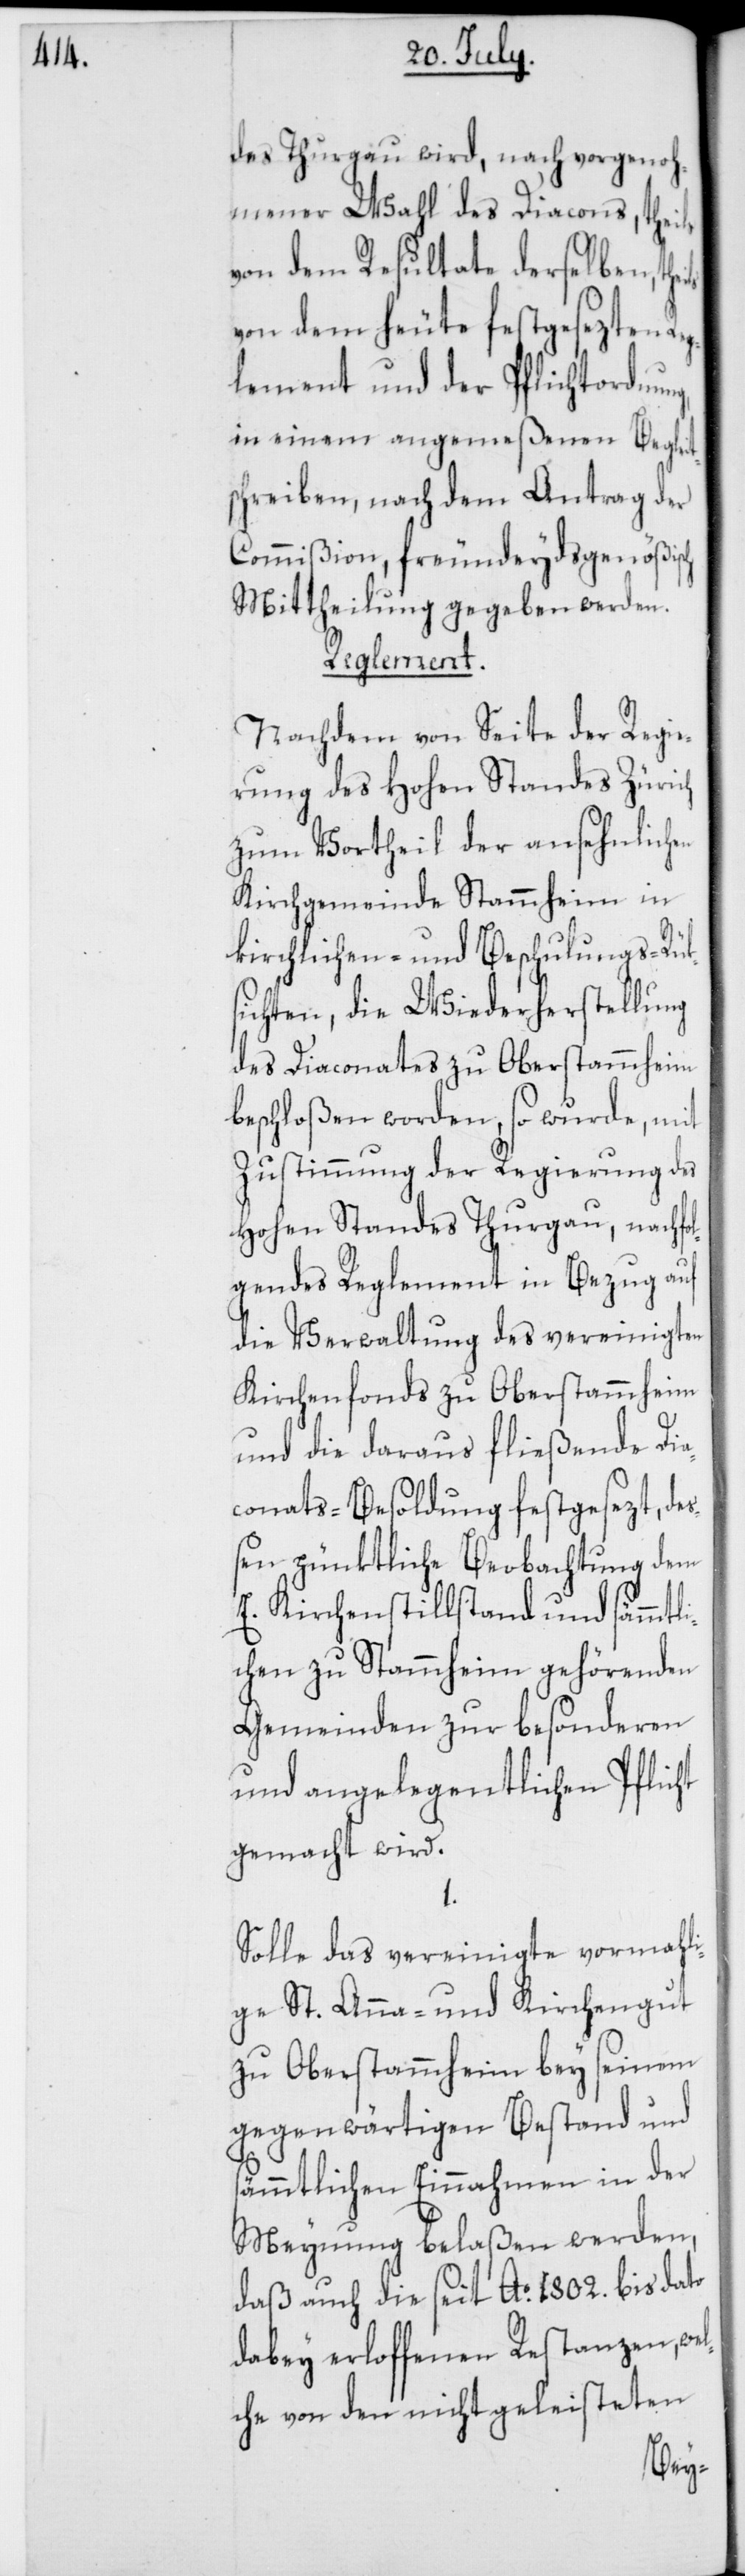
des Thurgau wird, nach vorgenoh¬
mener Wahl des Diacons, theils
von dem Resultate derselben,
von dem heute festgesezten
lement und der Pflichtordnung,
in einem angemeßenen Begleit¬
schreiben, nach dem Antrag der
Commißion, freundeydsgenößisch
Mittheilung gegeben werden.
Reglement.
Nachdem von Seite der Regie¬
rung des Hohen Standes Zürich
zum Vortheil der ansehnlichen
Kirchgemeinde Stammheim in
kirchlichen- und Beschulungs-Rük¬
sichten, die Wiederherstellung
des Diaconats zu Oberstammheim
beschloßen worden, so wurde, mit
Zustimmung der Regierung des
Hohen Standes Thurgau, nachf¬
olgendes Reglement in Bezug auf
die Verwaltung des vereinigten
Kirchenfonds zu Oberstammheim
und die daraus fließende Di¬
aconats-Besoldung festgesezt, de¬
ßen pünktliche Beobachtung dem
E. Kirchenstillstand und sämmtli¬
chen zu Stammheim gehörenden
Gemeinden zu besonderen
und angelegentlichen Pflicht
gemacht wird.
Solle das vereinigte vormahli¬
ge St. Anna- und Kirchengut
zu Oberstammheim bey seinem
gegenwärtigen Bestand und
sämmtlichen Einnahmen in der
Meynung belaßen werden,
daß auch die seit Ao 1802. bis dato
dabey erloffenen Restanzen, wel¬
che von den nicht geleisteten
Reg¬